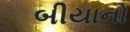
બીયાનો